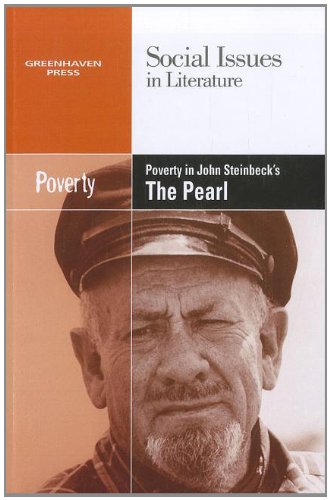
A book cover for Poverty in John Steinbeck's the Pearl (Social Issues in Literature); Louise Hawker; Teen & Young Adult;